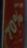
70%